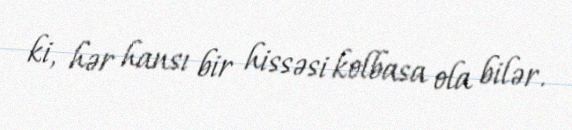
ki, hər hansı bir hissəsi kolbasa ola bilər.